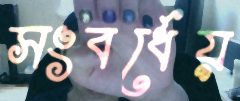
সংবর্ধেয়